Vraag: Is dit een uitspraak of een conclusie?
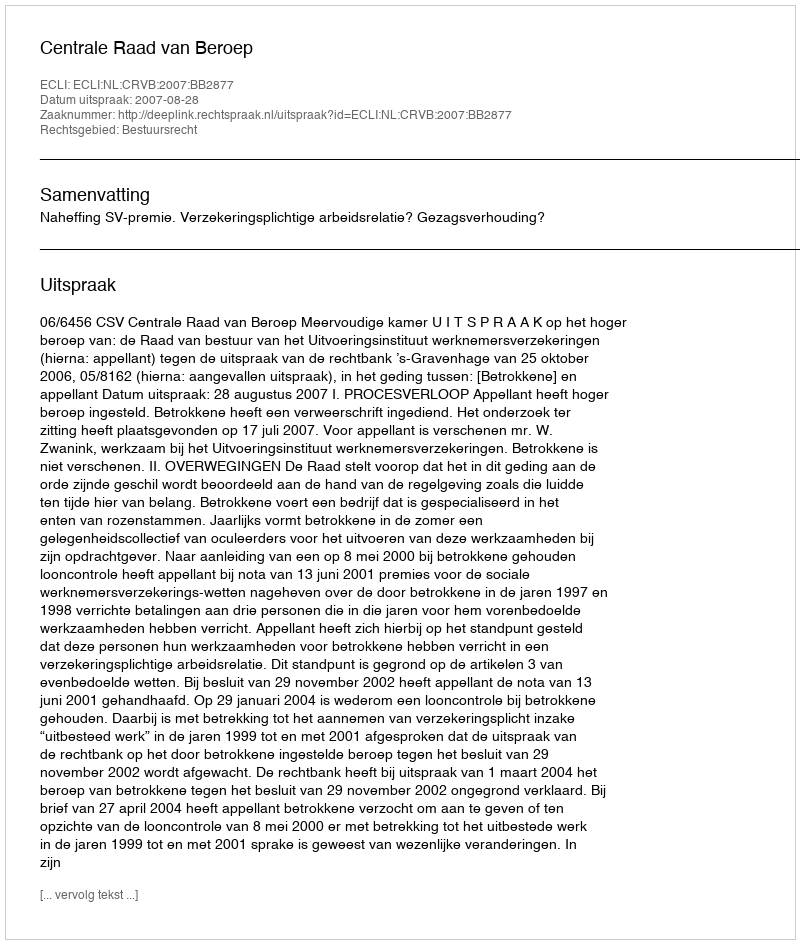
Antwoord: Uitspraak